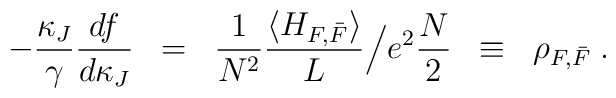
- \frac{\kappa_J}{\gamma}\frac{df}{d\kappa_J} \; \; = \; \; \frac{1}{N^2}\frac{\langle H_{F,\bar{F}} \rangle}{L} \Big/ e^2\frac{N}{2} \; \; \equiv\; \; \rho_{F,\bar{F}} \; .